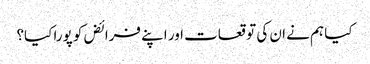
کیا ہم نے ان کی توقعات اور اپنے فرائض کو پورا کیا؟